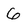
Character: 6